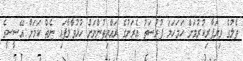
ތެލުގެ ވިޔަފާރިކުރުމަށް ހަމަހަމަ ފުރުސަތު އެރަށުގެ ރައްޔިތުންނަށް ހުޅުވާލާފައި ނެތް ކަމަށް އޭސީސީގެ